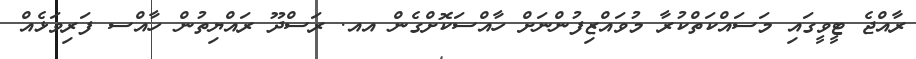
ރާއްޖެ ޓީވީގައި މަސައްކަތްކުރާ މުވައްޒިފުންނަށް ހާއްސަކޮށްގެން އއ. ރަސްދޫ ރައްޔިތުން ހާއްސ ފަރިވަޅެއް